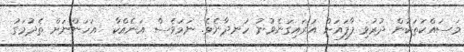
މަސައްކަތަކުން ދުރުވި ފާފައަށް އަރައިގަނެވުނު ހަނދާނެވެ. ނަމަވެސް އަނެއްކާ  އަހަންނަށް ތެދުމަގު